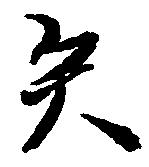
矣